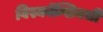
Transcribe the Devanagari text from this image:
विस्कॉन्सिनची